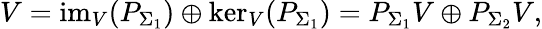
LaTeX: V=\mathrm{im}_{V}(P_{\Sigma_{1}})\oplus\mathrm{ker}_{V}(P_{\Sigma_{1}})=P_{\Sigma_{1}}V\oplus P_{\Sigma_{2}}V,